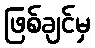
ဖြစ်ချင်မှ